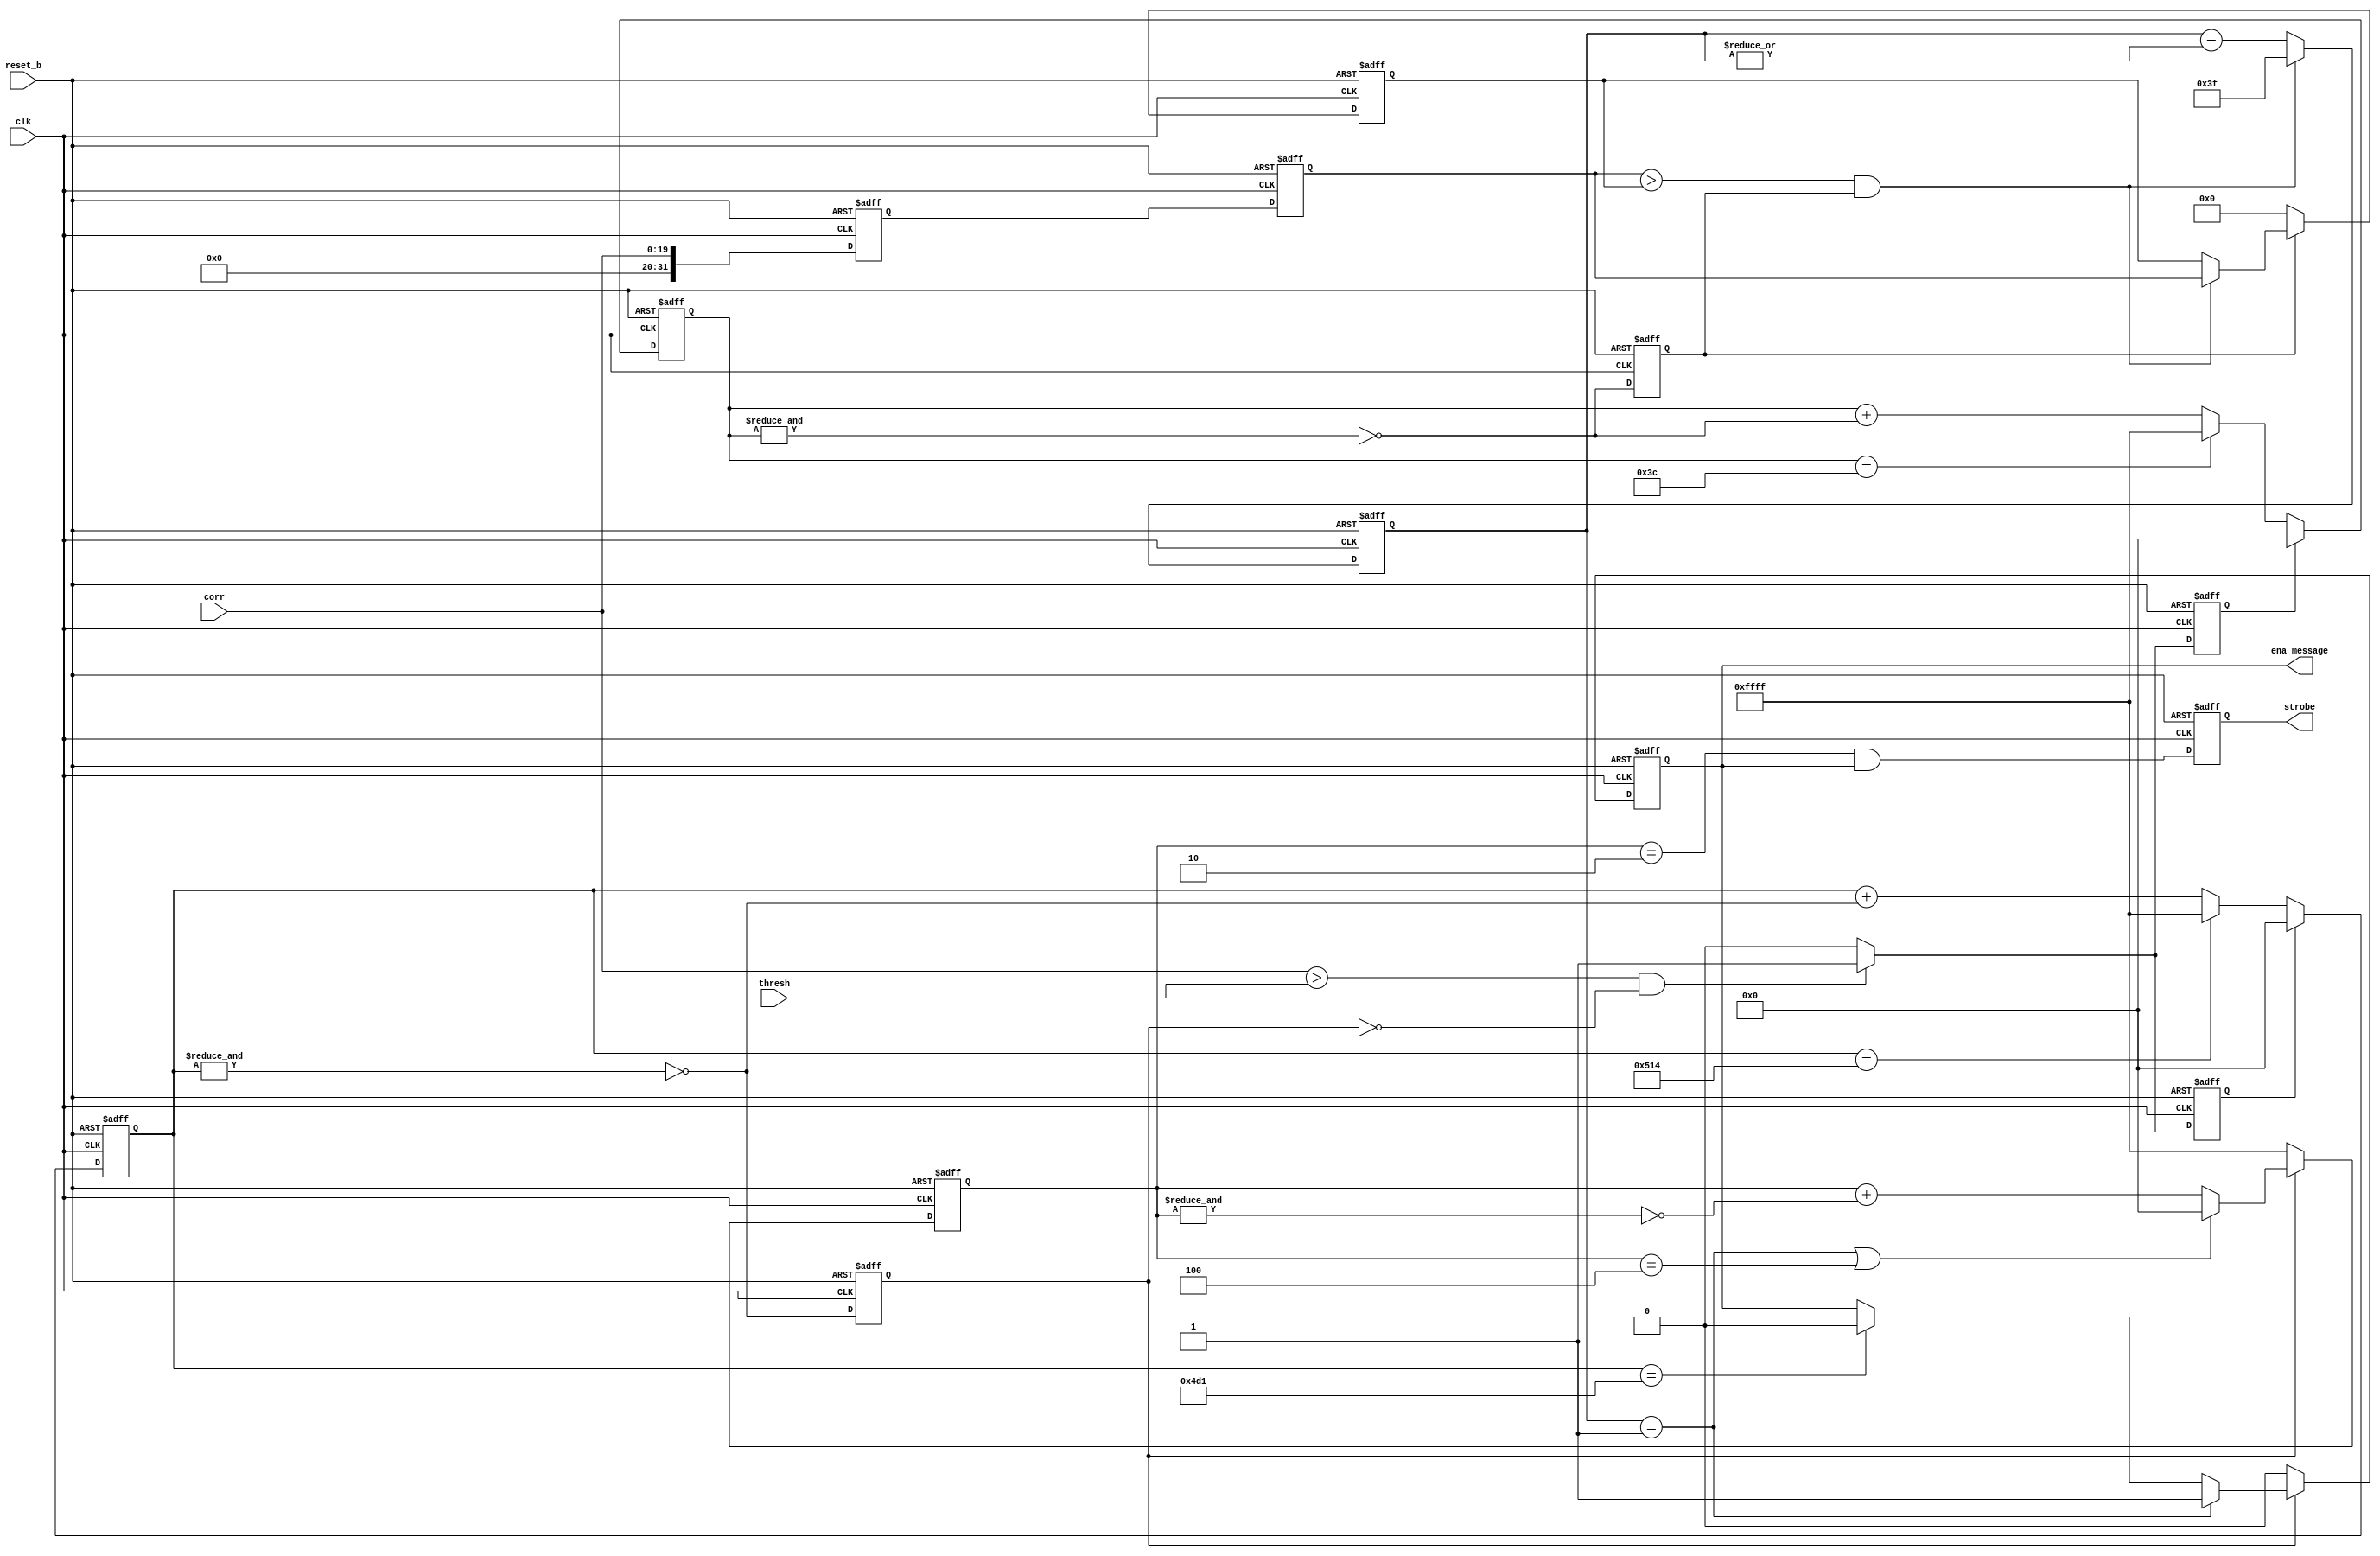

module find_max_corr
   (input           clk,
    input           reset_b,
    input [19:0]    corr,
    input [19:0]    thresh,
    output reg      strobe,
    output reg      ena_message
    );

localparam LENGTH_CHIP = 10;
localparam LENGTH_FIND = 6*LENGTH_CHIP;
localparam LENGTH_CORR = 6*LENGTH_CHIP+3;
localparam LENGTH_LOCK = 130*LENGTH_CHIP;
localparam END_MESSAGE = 123*LENGTH_CHIP+3;

reg find;
reg lock;
reg start_find;
reg start_lock;
always @ (posedge clk, negedge reset_b)
    if(~reset_b)  begin
        start_find <= 1'b0;
        start_lock <= 1'b0;
    end else  begin
        if ((corr>thresh)&(~lock)) begin
            start_find <= 1'b1;
            start_lock <= 1'b1;
        end else begin
            start_find <= 1'b0;
            start_lock <= 1'b0;
        end
    end

reg [15:0] cnt_find;
always @ (posedge clk, negedge reset_b)
    if(~reset_b) begin
        cnt_find <= 16'hffff;
    end else  begin
        if (start_find) begin
            cnt_find <= 16'd0;
        end else if (cnt_find == LENGTH_FIND) begin
            cnt_find <= 16'hffff;
        end else begin
            cnt_find <= cnt_find + ~&cnt_find;
        end
    end

reg [15:0] cnt_lock;
always @ (posedge clk, negedge reset_b)
    if(~reset_b) begin
        cnt_lock <= 16'hffff;
    end else  begin
        if (start_lock) begin
            cnt_lock <= 16'd0;
        end else if (cnt_lock == LENGTH_LOCK) begin
            cnt_lock <= 16'hffff;
        end else begin
            cnt_lock <= cnt_lock + ~&cnt_lock;
        end
    end

always @ (posedge clk, negedge reset_b)
    if(~reset_b) begin
        find <= 1'b0;
        lock <= 1'b0;
    end else begin
        find <= ~&cnt_find;
        lock <= ~&cnt_lock;
    end

reg [31:0] corr_reg0, corr_reg1, corr_reg2;
always @ (posedge clk, negedge reset_b)
    if(~reset_b) begin
        corr_reg0 <= 32'd0;
        corr_reg1 <= 32'd0;
        corr_reg2 <= 32'd0;
    end else begin
        corr_reg0 <= corr;
        corr_reg1 <= corr_reg0;
        corr_reg2 <= corr_reg1;
    end

reg [31:0] corr_max;
wire new_max = (corr_reg1 > corr_max) & find;
always @ (posedge clk, negedge reset_b)
    if(~reset_b) begin
        corr_max <= 32'd0;
    end else  begin
        if (find) begin
            corr_max <= (new_max) ? corr_reg1 : corr_max;
        end else begin
            corr_max <= 32'd0;
        end
    end

reg [15:0] cnt_corr;
always @ (posedge clk, negedge reset_b)
    if(~reset_b) begin
        cnt_corr <= 16'd0;
    end else  begin
        if (new_max)
            cnt_corr <= LENGTH_CORR;
        else
            cnt_corr <= cnt_corr - |cnt_corr;
    end
wire start_message = (cnt_corr==16'd1);

reg [19:0] corr_curr;
reg [19:0] corr_early;
reg [19:0] corr_late;
always @ (posedge clk, negedge reset_b)
    if(~reset_b) begin
        corr_curr   <= 20'd0;
        corr_early  <= 20'd0;
        corr_late   <= 20'd0;
    end else  begin
        if (find) begin
            corr_curr   <= (new_max) ? corr_reg1 : corr;
            corr_early  <= (new_max) ? corr_reg2 : corr_early;
            corr_late   <= (new_max) ? corr_reg0 : corr_late;
        end
    end

reg [15:0] cnt_symb;
wire end_message;
always @ (posedge clk, negedge reset_b)
    if(~reset_b) begin
        cnt_symb <= 16'hffff;
        strobe <= 1'b0;
    end else  begin
        if (lock) begin
            if (start_message | (cnt_symb == (LENGTH_CHIP/2-1)))
                cnt_symb <= 16'd0;
            else
                cnt_symb <= cnt_symb + ~&cnt_symb;
        end else begin
            cnt_symb <= 16'hffff;
        end
        strobe <= (cnt_symb == 16'd2) & ena_message;
    end

assign end_message = (cnt_lock == END_MESSAGE);
always @ (posedge clk, negedge reset_b)
    if(~reset_b) begin
        ena_message <= 1'b0;
    end else  begin
        if (lock) begin
            if (start_message)
                ena_message <= 1'd1;
            else if (end_message)
                ena_message <= 1'd0;
            else
                ena_message <= ena_message;
        end else begin
            ena_message <= 1'd0;
        end
    end

endmodule